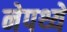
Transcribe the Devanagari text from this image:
नेपथ्ये